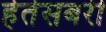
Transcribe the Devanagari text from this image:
हेतेसबरी